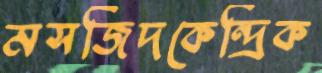
মসজিদকেন্দ্রিক